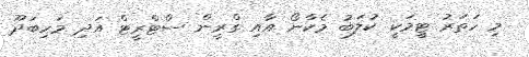
މި ހަތަރު ޓީމަކީ ކުލަބު މެކާނޯ އާއި ގްރީން ސްޓްރީޓް އަދި މަހިބަދޫ